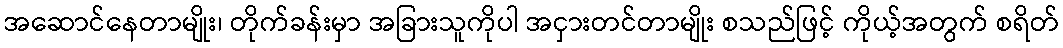
အဆောင်နေတာမျိုး၊ တိုက်ခန်းမှာ အခြားသူကိုပါ အငှားတင်တာမျိုး စသည်ဖြင့် ကိုယ့်အတွက် စရိတ်